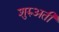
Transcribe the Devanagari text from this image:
शुरुअती